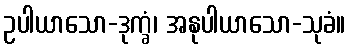
ဥပါယာသော-ဒုက္ခံ၊ အနုပါယာသော-သုခံ။